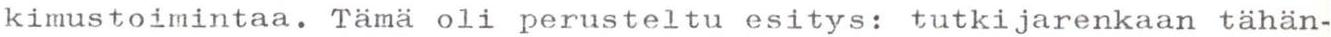
kimustoimintaa. Tämä oli perusteltu esitys: tutkijarenkaan tähän-